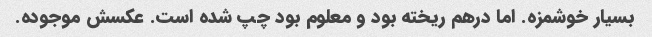
بسیار خوشمزه. اما درهم ریخته بود و معلوم بود چپ شده است. عکسش موجوده.